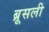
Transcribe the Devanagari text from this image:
ब्रूसली